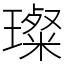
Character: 璨